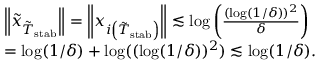
\begin{array} { r l } & { \left\| \tilde { x } _ { \tilde { T } _ { \mathrm { s t a b } } } \right\| = \left\| { x } _ { i \left( \tilde { T } _ { \mathrm { s t a b } } \right) } \right\| \lesssim \log \left( \frac { ( \log ( 1 / \delta ) ) ^ { 2 } } { \delta } \right) } \\ & { = \log ( 1 / \delta ) + \log ( ( \log ( 1 / \delta ) ) ^ { 2 } ) \lesssim \log ( 1 / \delta ) . } \end{array}